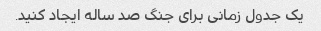
یک جدول زمانی برای جنگ صد ساله ایجاد کنید.